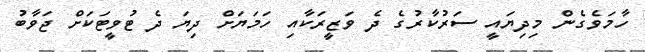
ހާމަވެގެން މިިދިޔައީ ސަރުކާރުގެ ދެ ވަޒީރަކާއި ހަމަޔަށް ދިޔަ ދެ ޓުވީޓަކަށް ޖަވާބު